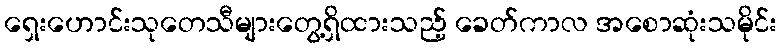
ရှေးဟောင်းသုတေသီများတွေ့ရှိထားသည့် ခေတ်ကာလ အစောဆုံးသမိုင်း